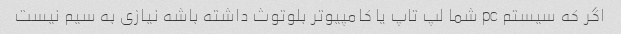
اگر که سیستم pc شما لپ تاپ یا کامپیوتر بلوتوث داشته باشه نیازی به سیم نیست